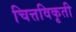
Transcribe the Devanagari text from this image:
चित्तविकृती